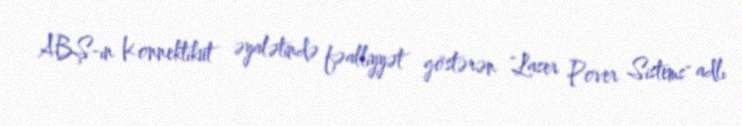
ABŞ-ın Konnektikut əyalətində fəalliyyət göstərən "Laser Pover Sistems" adlı